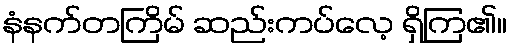
နံနက်တကြိမ် ဆည်းကပ်လေ့ ရှိကြ၏။